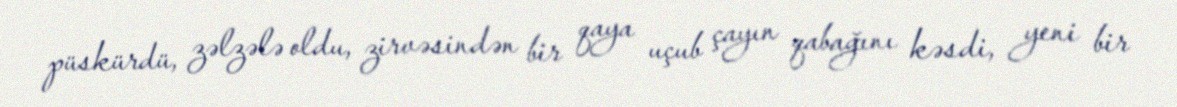
püskürdü, zəlzələ oldu, zirvəsindən bir qaya uçub çayın qabağını kəsdi, yeni bir